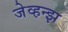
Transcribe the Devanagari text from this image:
जेव्हन्झ